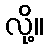
လို့။